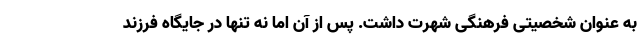
به عنوان شخصیتی فرهنگی شهرت داشت. پس از آن اما نه تنها در جایگاه فرزند